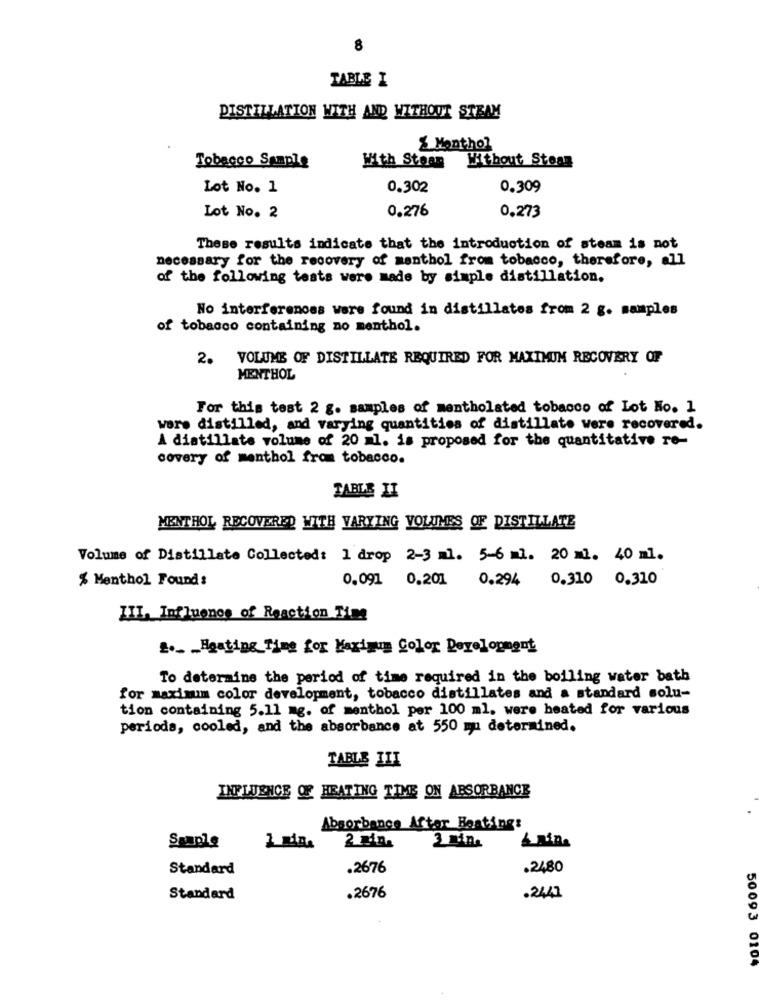
8
TABLE I
DISTILLATION WITH AND WITHOUT STEAM
≤ Menthol
Without Stoan
Tobacco Sample
With Steam
Lot No. 1
0.302
0.309
0.276
0.273
Lot No. 2
These results indicate that the introduction of steam is not
necessary for the recovery of menthol from tobacco, therefore, all
of the following tests were made by simple distillation.
No interferences were found in distillates from 2 g. mamples
of tobacco containing no menthol.
2. VOLUME OF DISTILLATE REQUIRED FOR MAXIMUM RECOVERY OF
MENTHOL
For this test 2 g. samples of mentholated tobacco of Lot No. 1
were distilled, and varying quantities of distillate were recovered.
A distillate volume of 20 =1. is proposed for the quantitative re-
covery of menthol from tobacco.
TABLE II
MENTHOL RECOVERED WITH VARYING VOLUMES OF DISTILLATE
Volume of Distillate Collected: 1 drop 2-3 ml. 5-6 ml. 20 ml. 40 ml.
% Menthol Found :
0.091 0.201 0.294 0.310 0.310
III. Influence of Reaction Time
2 ._ _ Hgating Time for Maximum Color Development
To determine the period of time required in the boiling water bath
for maximum color development, tobacco distillates and a standard solu-
tion containing 5.11 mg. of menthol per 100 ml. were heated for various
periods, cooled, and the absorbance at 550 mm determined.
TABLE III
INFLUENCE OF HEATING TIME ON ABSORBANCE
Absorbance After Beating:
Sample
2 Min.
Standard
.2676
.2480
Standard
.2676
.2441
50093 0104